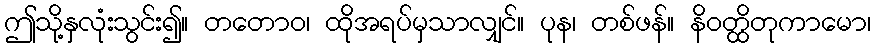
ဤသို့နှလုံးသွင်း၍။ တတောဝ၊ ထိုအရပ်မှသာလျှင်။ ပုန၊ တစ်ဖန်။ နိဝတ္ထိတုကာမော၊